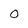
Character: O